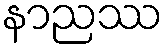
နာညဿ